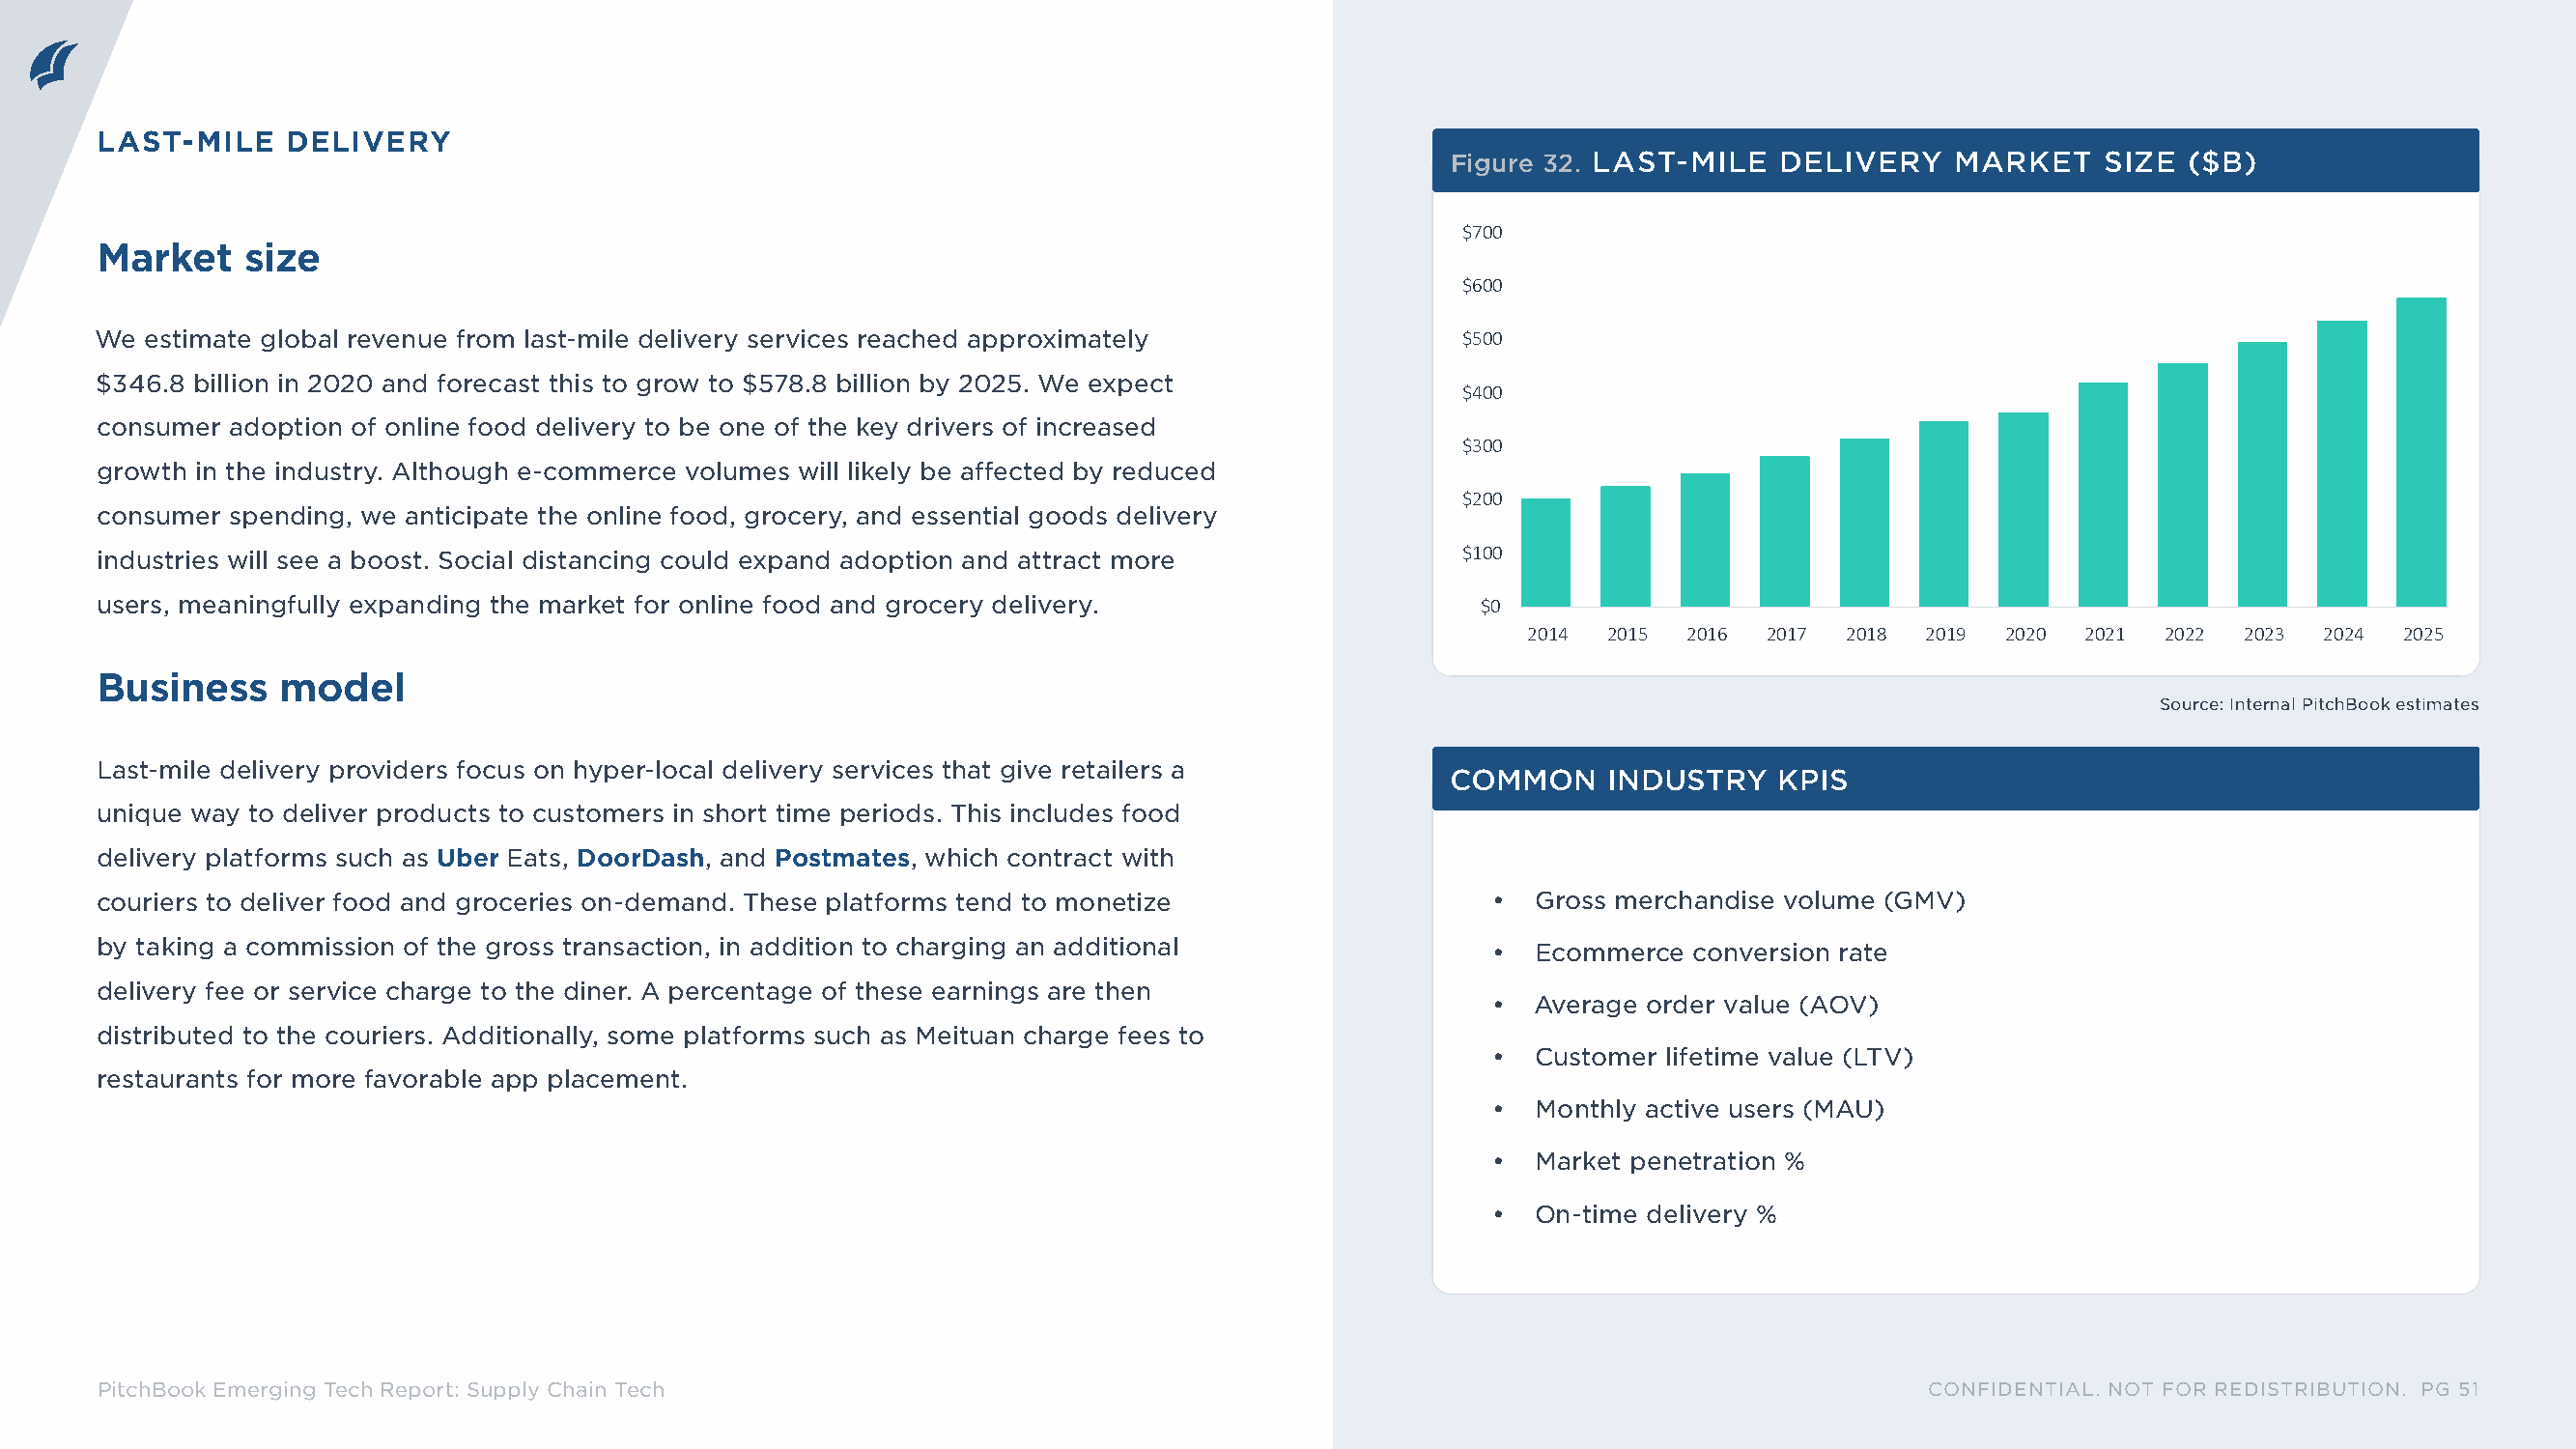
LAST-MILE    DELIVERY
 Figure 32. LAST-MILE   DELIVERY    MARKET    SIZE  ($B)
 $700
 Market    size
 $600
 We  estimate global revenue from last-mile delivery services reached approximately            $500
 $346.8 billion in 2020 and forecast this to grow to $578.8 billion by 2025. We expect
 $400
 consumer adoption of online food delivery to be one of the key drivers of increased
 $300
 growth in the industry. Although e-commerce volumes will likely be affected by reduced
 $200
 consumer spending, we anticipate the online food, grocery, and essential goods delivery
 $100
 industries will see a boost. Social distancing could expand adoption and attract more
 users, meaningfully expanding the market for online food and grocery delivery.                $0
 2014 2015  2016 2017  2018 2019 2020  2021 2022  2023 2024  2025
 Business    model
 Source: Internal PitchBook estimates
 Last-mile delivery providers focus on hyper-local delivery services that give retailers a
 COMMON     INDUSTRY    KPIS
 unique way to deliver products to customers in short time periods. This includes food
 delivery platforms such as Uber Eats, DoorDash, and Postmates, which contract with
 couriers to deliver food and groceries on-demand. These platforms tend to monetize             •  Gross merchandise volume (GMV)
 by taking a commission of the gross transaction, in addition to charging an additional         •  Ecommerce  conversion rate
 delivery fee or service charge to the diner. A percentage of these earnings are then
 •  Average order value (AOV)
 distributed to the couriers. Additionally, some platforms such as Meituan charge fees to
 •  Customer lifetime value (LTV)
 restaurants for more favorable app placement.
 •  Monthly active users (MAU)
 •  Market penetration %
 •  On-time delivery %
 PitchBook Emerging Tech Report: Supply Chain Tech                                                                            CONFIDENTIAL. NOT FOR REDISTRIBUTION. PG 51